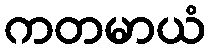
ကတမာယံ